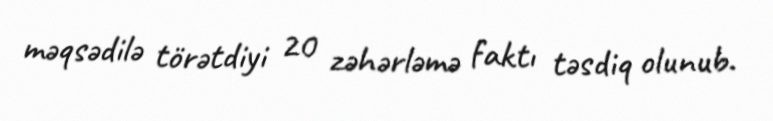
məqsədilə törətdiyi 20 zəhərləmə faktı təsdiq olunub.